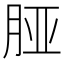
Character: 𬁺